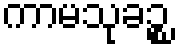
ကာမသုခဉ္စ